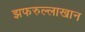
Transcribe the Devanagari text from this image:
झफरुल्लाखान